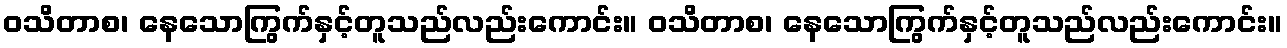
ဝသိတာစ၊ နေသောကြွက်နှင့်တူသည်လည်းကောင်း။ ဝသိတာစ၊ နေသောကြွက်နှင့်တူသည်လည်းကောင်း။